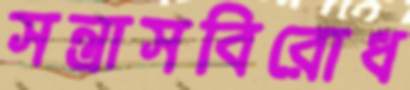
সন্ত্রাসবিরোধ